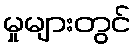
မှုများတွင်